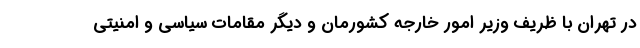
در تهران با ظریف وزیر امور خارجه کشورمان و دیگر مقامات سیاسی و امنیتی